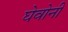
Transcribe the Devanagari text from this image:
घेवोनी